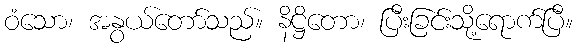
ဝံသော၊ အနွယ်တော်သည်။ နိဋ္ဌိတော၊ ပြီးခြင်းသို့ရောက်ပြီ။